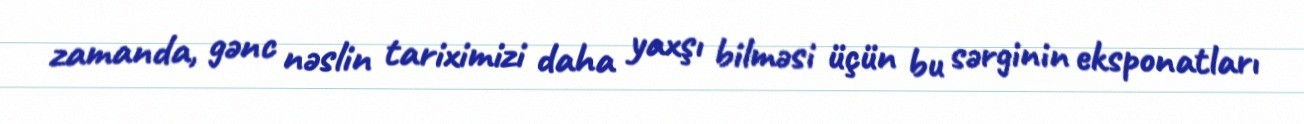
zamanda, gənc nəslin tariximizi daha yaxşı bilməsi üçün bu sərginin eksponatları